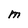
Character: M